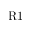
\mathrm { R 1 }